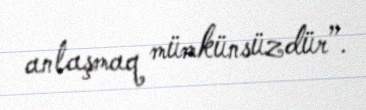
anlaşmaq mümkünsüzdür”.